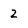
Character: 2